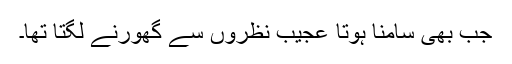
جب بھی سامنا ہوتا عجیب نظروں سے گھورنے لگتا تھا۔